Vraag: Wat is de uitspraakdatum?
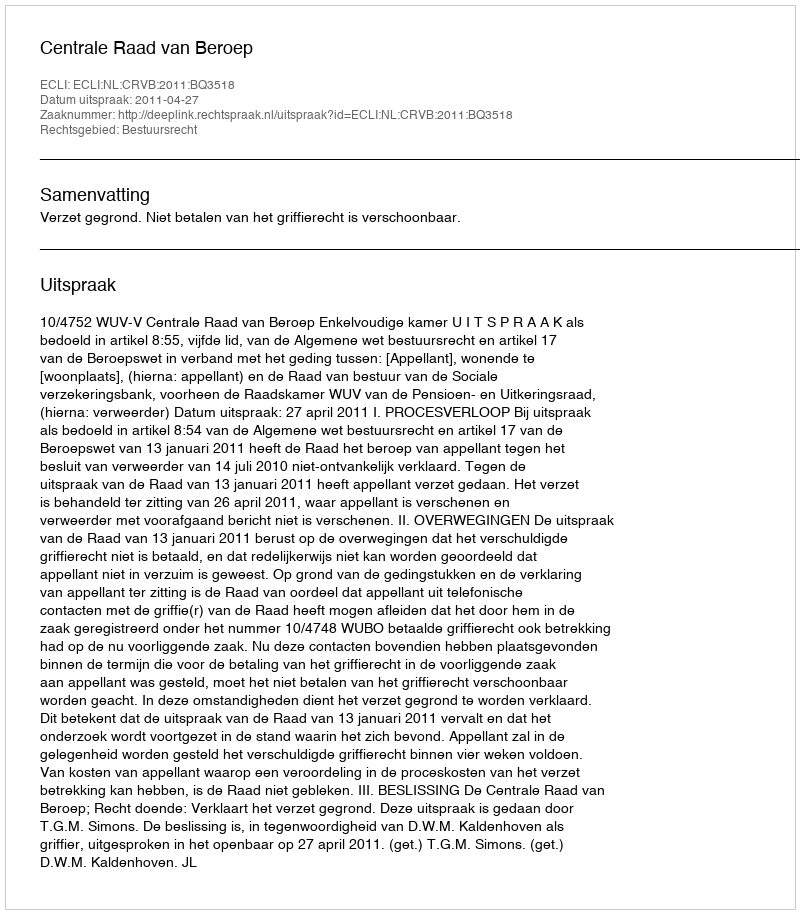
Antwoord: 2011-04-27